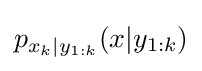
p_{x_{k}|y_{1:k}}(x|y_{1:k})